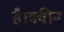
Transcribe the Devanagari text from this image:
है।क्वीन